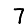
Digit: 7